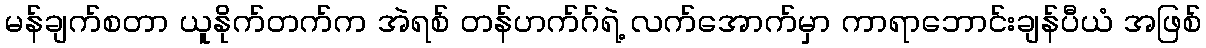
မန်ချက်စတာ ယူနိုက်တက်က အဲရစ် တန်ဟက်ဂ်ရဲ့ လက်အောက်မှာ ကာရာဘောင်းချန်ပီယံ အဖြစ်